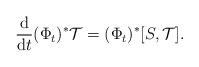
LaTeX: \begin{align*}\frac{\rm d}{{\rm d}t}(\Phi_t)^*\mathcal{T}=(\Phi_t)^*[S,\mathcal{T}]. \end{align*}